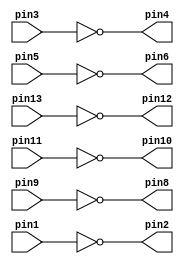
`timescale 1ns / 1ns // `timescale time_unit/time_precision


module v7404 (pin1, pin3, pin5, pin9, pin11, pin13, pin2, pin4, pin6, pin8,
pin10, pin12);
	input pin1, pin3, pin5, pin13, pin11, pin9;
	output pin2, pin4, pin6, pin12, pin10, pin8;

	assign pin2 = ! pin1;
	assign pin4 = ! pin3;
	assign pin6 = ! pin5;
	assign pin12 = ! pin13;
	assign pin10 = ! pin11;
	assign pin8 = ! pin9;

endmodule

module v7408 (pin1, pin3, pin5, pin9, pin11, pin13, pin2, pin4, pin6, pin8,
pin10, pin12);
	input pin1, pin2, pin4, pin5, pin13, pin12, pin10, pin9;
	output pin3, pin6, pin11, pin8;
	assign pin3 = (pin1 & pin2);
	assign pin6 = (pin4 & pin5);
	assign pin11 = (pin13 & pin12);
	assign pin8 = (pin10 & pin9);
	
endmodule

module v7432 (pin1, pin3, pin5, pin9, pin11, pin13, pin2, pin4, pin6, pin8,
pin10, pin12);
	input pin1, pin2, pin4, pin5, pin13, pin12, pin10, pin9;
	output pin3, pin6, pin11, pin8;
	assign pin3 = (pin1 | pin2);
	assign pin6 = (pin4 | pin5);
	assign pin11 = (pin13 | pin12);
	assign pin8 = (pin10 | pin9);

endmodule


module mux2to1(x, y, s, m);
	input x,y,s;
	output m;
	wire w0, w1, w2;
	v7404 M_NOT(.pin1(s),.pin2(w0));
	v7408 M_AND(.pin1(x),.pin2(w0),.pin3(w1),.pin4(s),.pin5(y),.pin6(w2));
	v7432 M_OR(.pin1(w1), .pin2(w2),.pin3(m));
endmodule